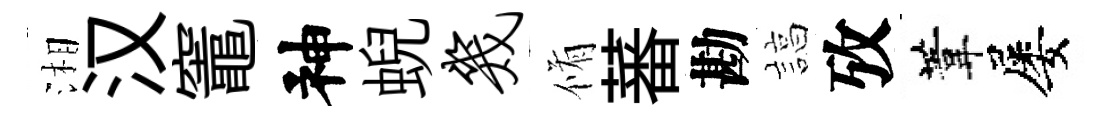
湘汉竈神蜺几脩蕃勘諄攷葦屡